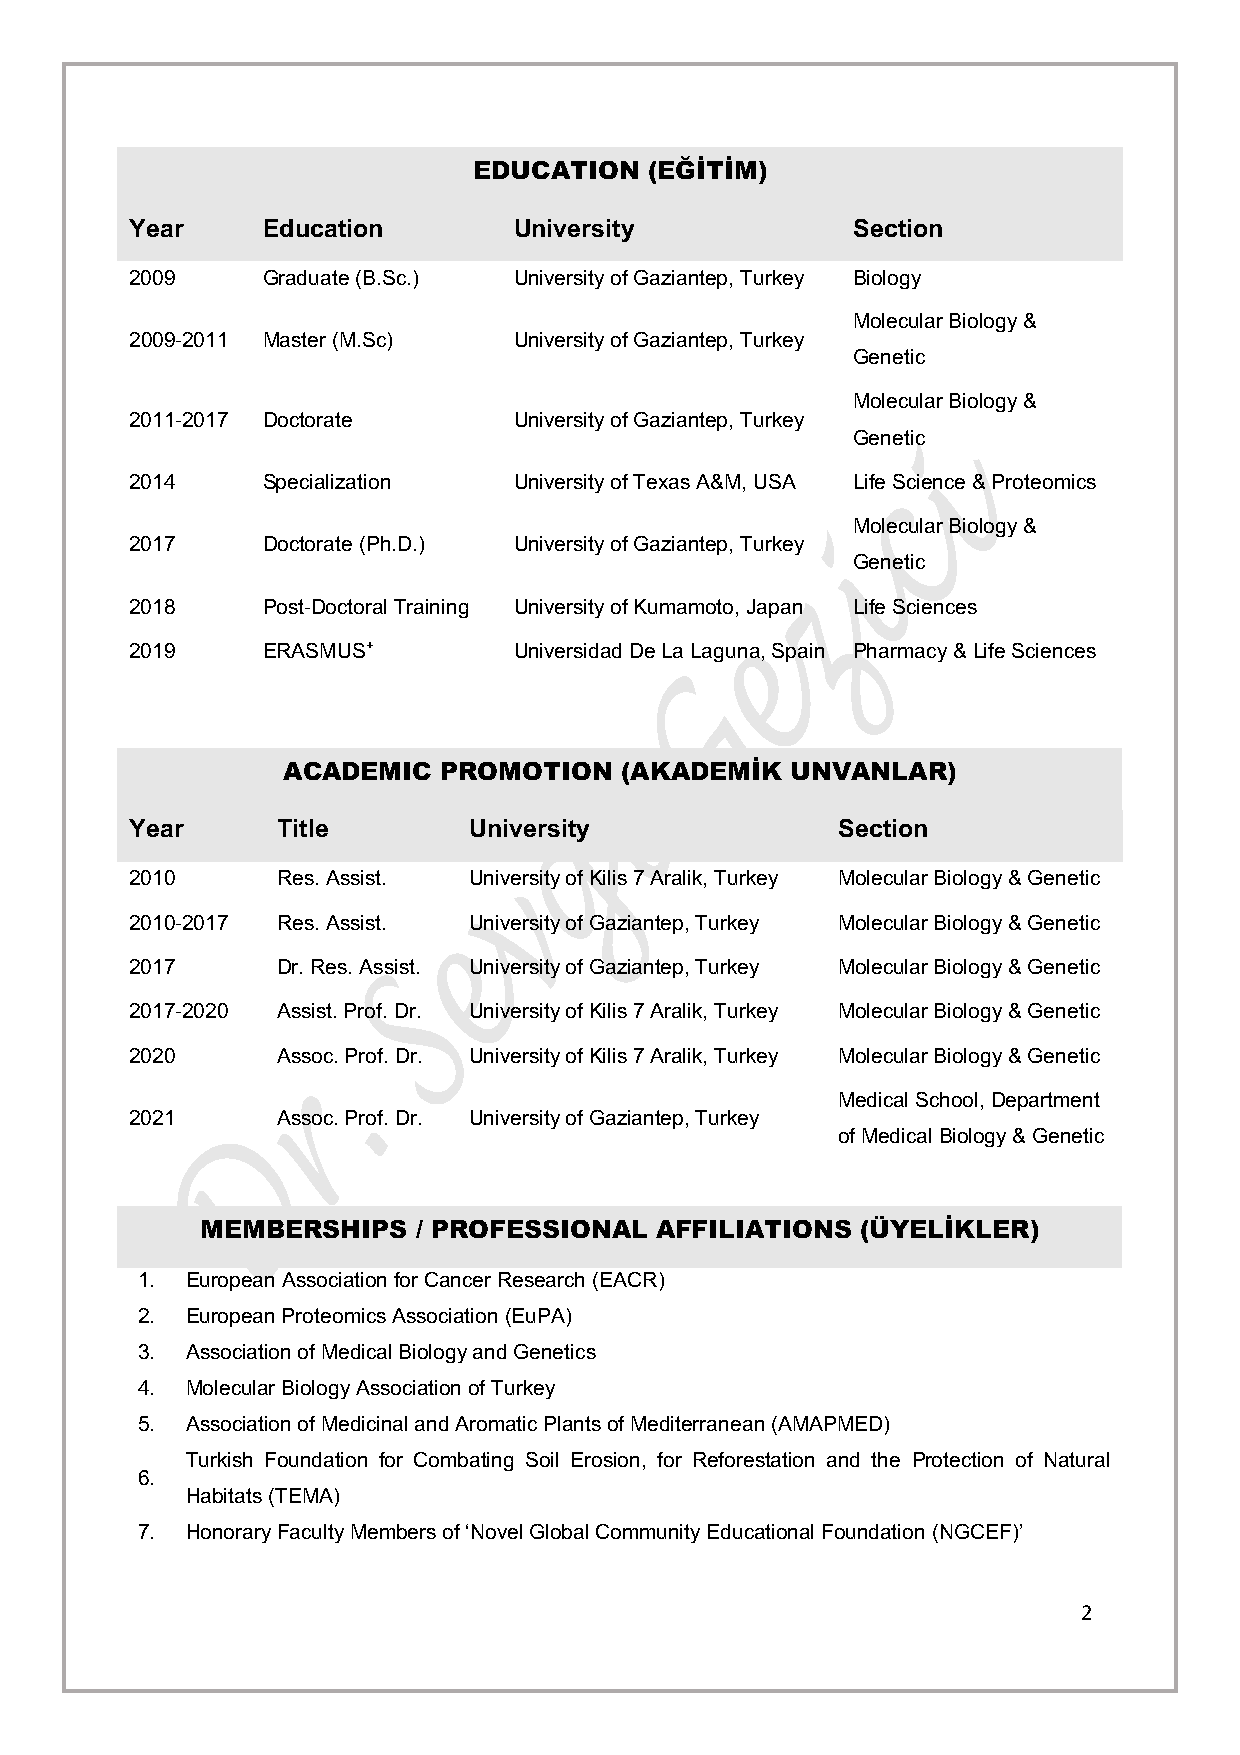
EDUCATION   (EĞİTİM)
 Year    Education        University            Section
 2009    Graduate (B.Sc.) University of Gaziantep, Turkey Biology
 Molecular Biology &
 2009-2011 Master (M.Sc)  University of Gaziantep, Turkey
 Genetic
 Molecular Biology &
 2011-2017 Doctorate      University of Gaziantep, Turkey
 Genetic
 2014    Specialization   University of Texas A&M, USA Life Science & Proteomics
 Molecular Biology &
 2017    Doctorate (Ph.D.) University of Gaziantep, Turkey
 Genetic
 2018    Post-Doctoral Training University of Kumamoto, Japan Life Sciences
 2019    ERASMUS+         Universidad De La Laguna, Spain Pharmacy & Life Sciences
 ACADEMIC  PROMOTION   (AKADEMİK  UNVANLAR)
 Year     Title        University              Section
 2010     Res. Assist. University of Kilis 7 Aralik, Turkey Molecular Biology & Genetic
 2010-2017 Res. Assist. University of Gaziantep, Turkey Molecular Biology & Genetic
 2017     Dr. Res. Assist. University of Gaziantep, Turkey Molecular Biology & Genetic
 2017-2020 Assist. Prof. Dr. University of Kilis 7 Aralik, Turkey Molecular Biology & Genetic
 2020     Assoc. Prof. Dr. University of Kilis 7 Aralik, Turkey Molecular Biology & Genetic
 Medical School, Department
 2021     Assoc. Prof. Dr. University of Gaziantep, Turkey
 of Medical Biology & Genetic
 MEMBERSHIPS    / PROFESSIONAL AFFILIATIONS  (ÜYELİKLER)
 1. European Association for Cancer Research (EACR)
 2. European Proteomics Association (EuPA)
 3. Association of Medical Biology and Genetics
 4. Molecular Biology Association of Turkey
 5. Association of Medicinal and Aromatic Plants of Mediterranean (AMAPMED)
 Turkish Foundation for Combating Soil Erosion, for Reforestation and the Protection of Natural
 6.
 Habitats (TEMA)
 7. Honorary Faculty Members of ‘Novel Global Community Educational Foundation (NGCEF)’
 2